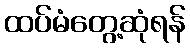
ထပ်မံတွေ့ဆုံရန်